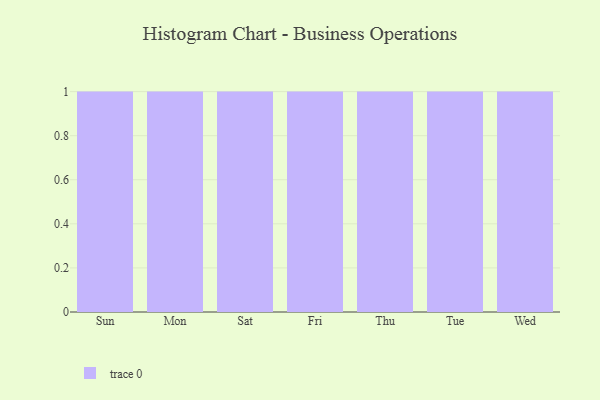
{"axis": {"x": "Day", "y": "Satisfaction Score"}, "legend": [""], "data": [{"x": "Sun", "y": 60, "type": ""}, {"x": "Mon", "y": 19, "type": ""}, {"x": "Sat", "y": 100, "type": ""}, {"x": "Fri", "y": 20, "type": ""}, {"x": "Thu", "y": 87, "type": ""}, {"x": "Tue", "y": 4, "type": ""}, {"x": "Wed", "y": 50, "type": ""}]}